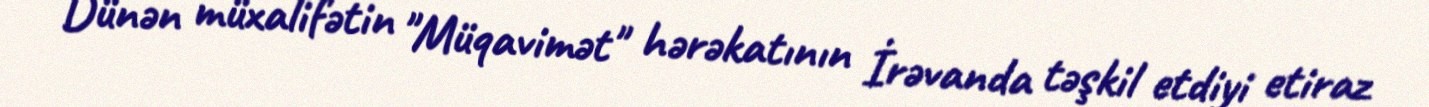
Dünən müxalifətin "Müqavimət" hərəkatının İrəvanda təşkil etdiyi etiraz